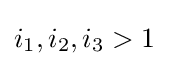
i_{1},i_{2},i_{3}>1